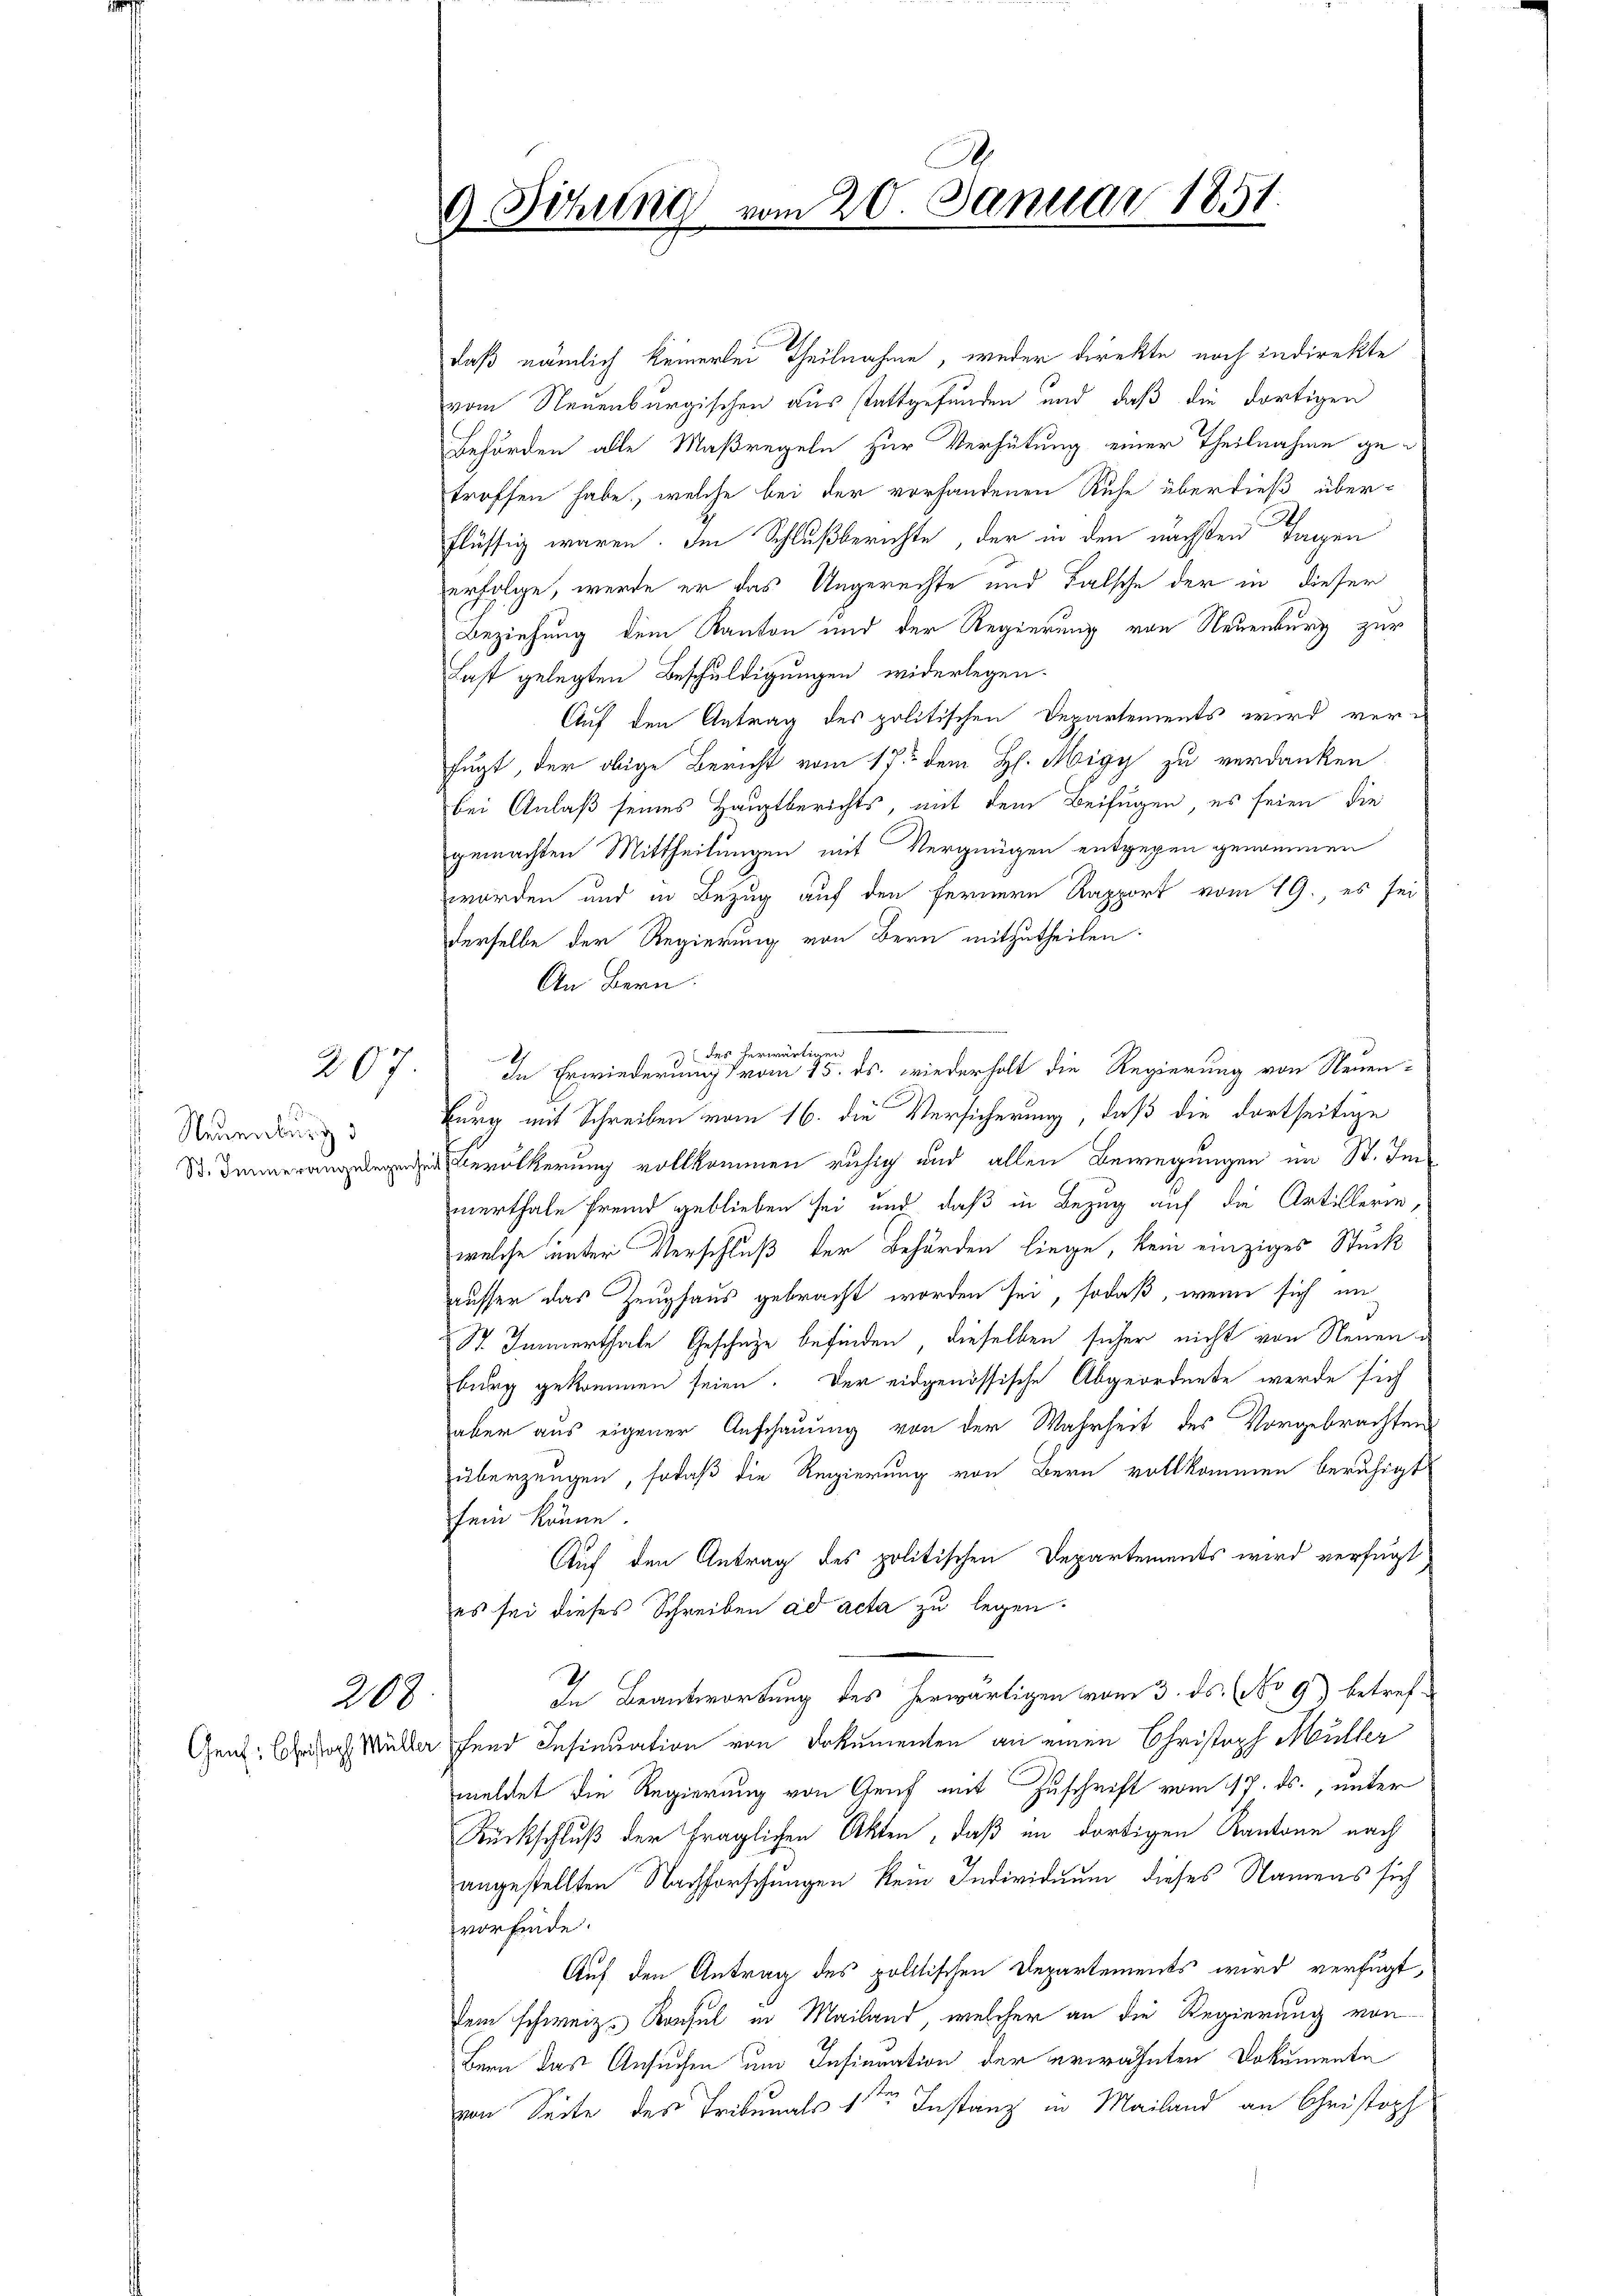
Neuenburg d

207.

daß nämlich keinerlei Theilnahme, weder direkte noch indirekte
vom Neuenburgischen aus stattgefunden und daß die dortigen
Behörden alle Maßregeln zur Verhütung einer Theilnahme getroffen habe, welche bei der vorhandenen Ruhe überdieß überflüssig waren. Im Schlußberichte der in den nächsten Tagen
erfolge, werde er das Ungerechte und Falsche der in dieser
Beziehung dem Kanton und der Regierung von Neuenburg zur
Last gelegten Beschuldigungen widerlegen.
Auf den Antrag des politischen Departements wird ver-
fugt, der obige Bericht vom 17ten dem H. Migy zu verdanken
bei Anlaß seines Hauptberichts, mit dem Beifügen, es seien die
gemachten Mittheilungen mit Vergnügen entgegen genommen
worden und in Bezug auf den fernern Rapport vom 19., es sei
derselbe der Regierung von Bern mitzutheilen.
An Bern.
des herwärtigen
In Erwiederung vom 15. ds. wiederholt die Regierung von Neuen-
Burg mit Schreiben vom 16. die Versicherung, daß die dortseitige
Bevölkerung vollkommen ruhig und allen Bewegungen im St. Immerthale fremd geblieben sei und daß in Bezug auf die Artillerie,
welche unter Verschluß der Behörden liege, kein einziges Stück
ausser das Zeughaus gebracht worden sei, sodaß, wenn sich un
St. Immerthale Geschähe befinden, dieselben sicher nicht von Neuen
burg gekommen seien. Der eidgenössische Abgeordnete werde sich
aber aus eigener Anschauung von der Wahrheit des Vorgebrachten
überzeugen, sodaß die Regierung von Bern vollkommen beruhigt
sein könne.
Auf den Antrag des politischen Departements wird verfügt
es sei dieses Schreiben ad acta zu legen.
In Beantwortung des herwärtigen vom 3. ds. (No 9) betref¬
Gen: das Müller fand Insinuation von Dokumenten an einen Christoph Müller
meldet die Regierung von Genf mit Zuschrift vom 17. ds., unter
Rückschluß der fraglichen Akten, daß im dortigen Kantone nach
angestellten Nachforschungen kein Individuum dieses Namens sich
vorfinde.
Auf den Antrag des politischen Departements wird verfügt,
dem schweiz. Konsul in Mailand, welcher an die Regierung von
Bern das Ansuchen um Insinuation der erwähnten Dokumente
von Seite des Tribunals 1sten Instanz in Mailand an Christoph

208

9 Sitzung vom 20. Januar 1851.